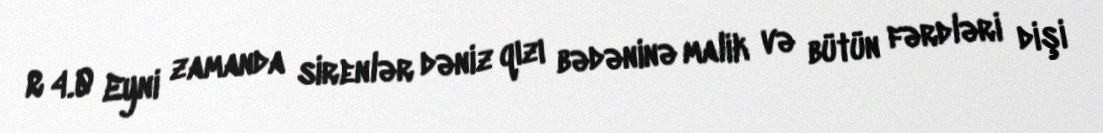
R 4.0 Eyni zamanda sirenlər dəniz qızı bədəninə malik və bütün fərdləri dişi